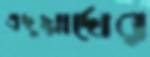
এদুয়ার্দোর